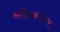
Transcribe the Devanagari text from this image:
आंबेडकरोत्तर